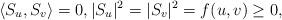
LaTeX: \begin{align*}\langle S_u,S_v\rangle=0,|S_u|^2=|S_v|^2=f(u,v) \geq 0 ,\end{align*}